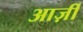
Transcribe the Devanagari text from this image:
आर्ज़ी